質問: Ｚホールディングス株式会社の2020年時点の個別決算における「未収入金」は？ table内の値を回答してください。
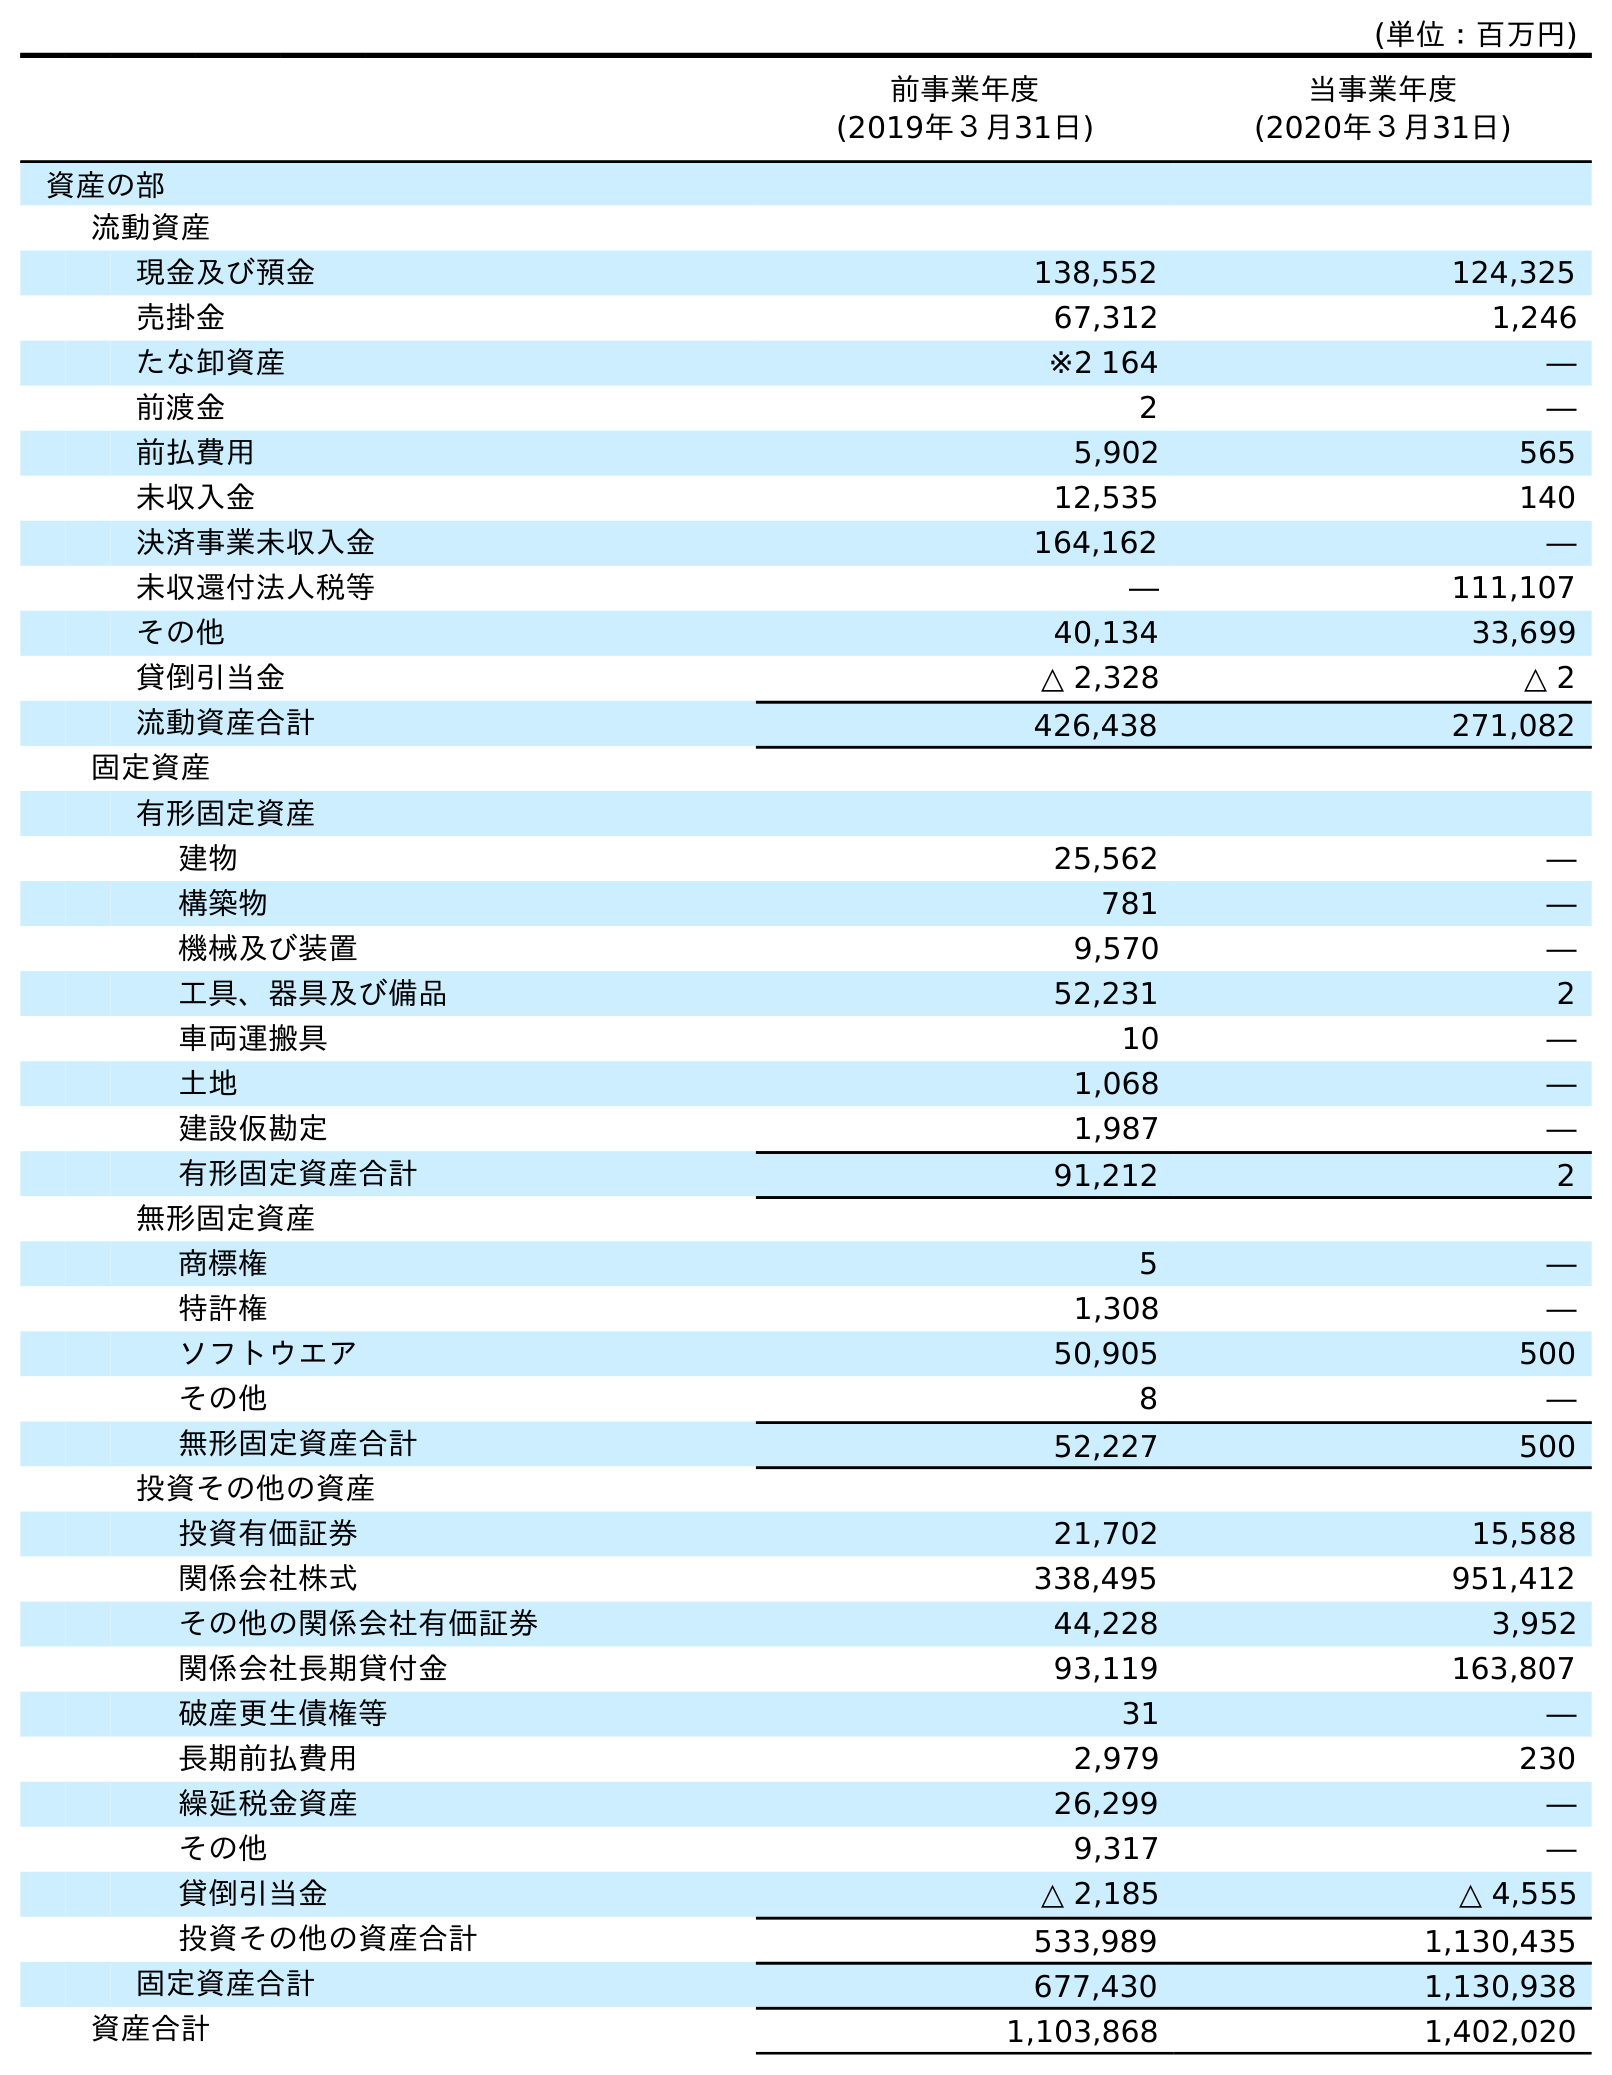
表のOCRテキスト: (単位：百万円) 前事業年度 (2019年３月31日) 当事業年度 (2020年３月31日) 資産の部 流動資産 現金及び預金 138,552 124,325 売掛金 67,312 1,246 たな卸資産 ※2 164 ― 前渡金 2 ― 前払費用 5,902 565 未収入金 12,535 140 決済事業未収入金 164,162 ― 未収還付法人税等 ― 111,107 その他 40,134 33,699 貸倒引当金 △ 2,328 △ 2 流動資産合計 426,438 271,082 固定資産 有形固定資産 建物 25,562 ― 構築物 781 ― 機械及び装置 9,570 ― 工具、器具及び備品 52,231 2 車両運搬具 10 ― 土地 1,068 ― 建設仮勘定 1,987 ― 有形固定資産合計 91,212 2 無形固定資産 商標権 5 ― 特許権 1,308 ― ソフトウエア 50,905 500 その他 8 ― 無形固定資産合計 52,227 500 投資その他の資産 投資有価証券 21,702 15,588 関係会社株式 338,495 951,412 その他の関係会社有価証券 44,228 3,952 関係会社長期貸付金 93,119 163,807 破産更生債権等 31 ― 長期前払費用 2,979 230 繰延税金資産 26,299 ― その他 9,317 ― 貸倒引当金 △ 2,185 △ 4,555 投資その他の資産合計 533,989 1,130,435 固定資産合計 677,430 1,130,938 資産合計 1,103,868 1,402,020
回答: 140